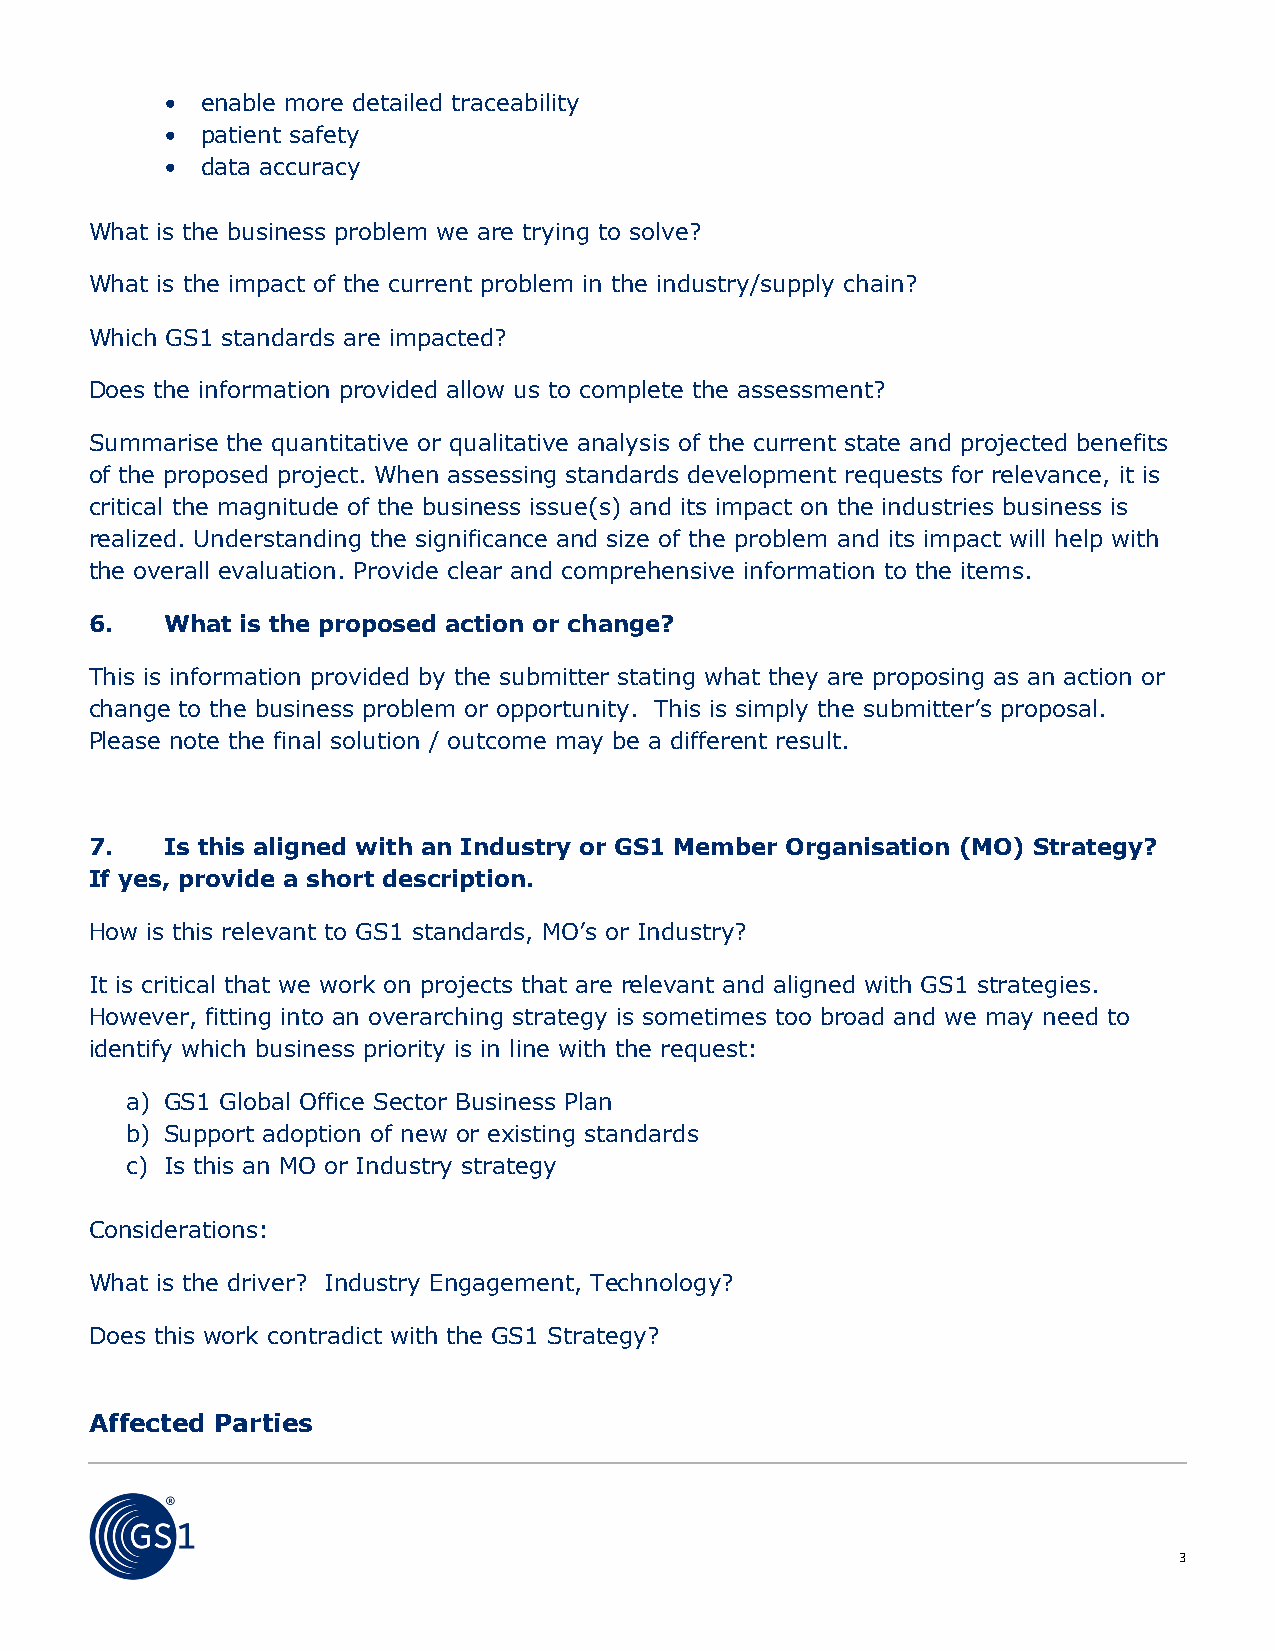
• enable more detailed traceability
 • patient safety
 • data accuracy
 What is the business problem we are trying to solve?
 What is the impact of the current problem in the industry/supply chain?
 Which GS1 standards are impacted?
 Does the information provided allow us to complete the assessment?
 Summarise the quantitative or qualitative analysis of the current state and projected benefits
 of the proposed project. When assessing standards development requests for relevance, it is
 critical the magnitude of the business issue(s) and its impact on the industries business is
 realized. Understanding the significance and size of the problem and its impact will help with
 the overall evaluation. Provide clear and comprehensive information to the items.
 6.   What is the proposed action or change?
 This is information provided by the submitter stating what they are proposing as an action or
 change to the business problem or opportunity. This is simply the submitter’s proposal.
 Please note the final solution / outcome may be a different result.
 7.   Is this aligned with an Industry or GS1 Member Organisation (MO) Strategy?
 If yes, provide a short description.
 How is this relevant to GS1 standards, MO’s or Industry?
 It is critical that we work on projects that are relevant and aligned with GS1 strategies.
 However, fitting into an overarching strategy is sometimes too broad and we may need to
 identify which business priority is in line with the request:
 a) GS1 Global Office Sector Business Plan
 b) Support adoption of new or existing standards
 c) Is this an MO or Industry strategy
 Considerations:
 What is the driver? Industry Engagement, Technology?
 Does this work contradict with the GS1 Strategy?
 Affected Parties
 3